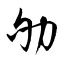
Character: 劬